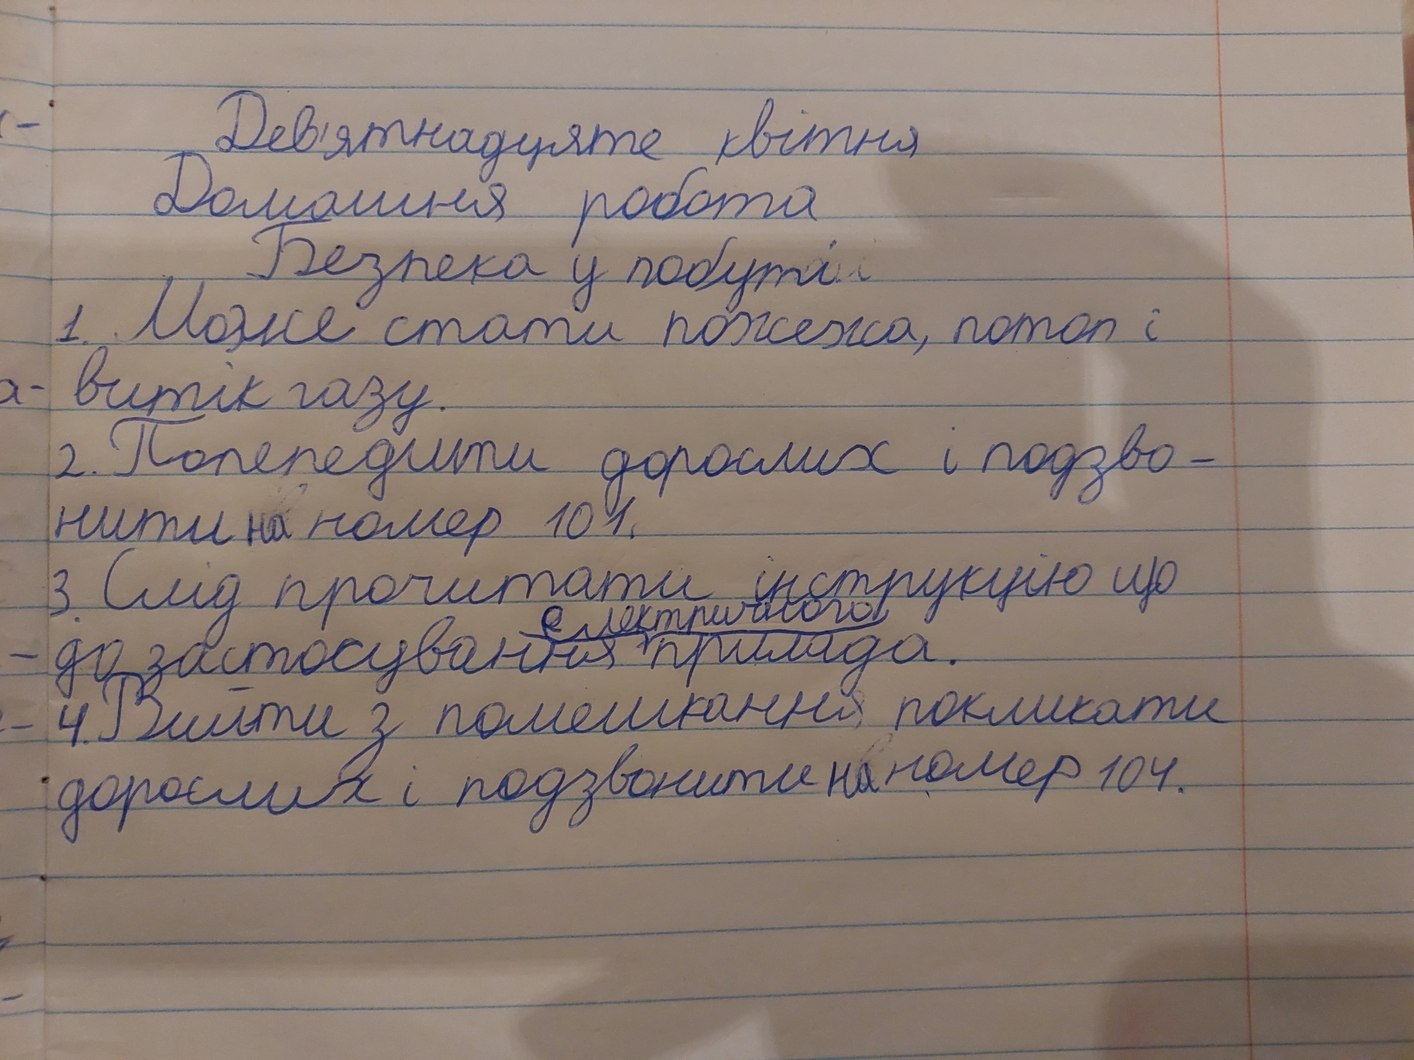
Дев'ятнадцяте квітня
Домашня робота
Безпека у побуті
1. Може стати пожежа, потоп і
витік газу.
2. Попередити дорослих і подзво-
нити на номер 101.
3. Слід прочитати інструкцію що
електричного
до застосування прилада.
4. Вийти з помешкання, покликати
дорослих і подзвонити на номер 104.